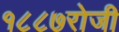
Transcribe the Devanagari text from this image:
१८८७रोजी